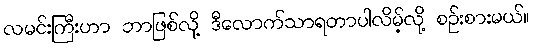
လမင်းကြီးဟာ ဘာဖြစ်လို့ ဒီလောက်သာရတာပါလိမ့်လို့ စဉ်းစားမယ်။